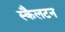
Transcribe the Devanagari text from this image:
स्कैलटन